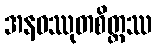
အနဝဿုတစိတ္တဿ